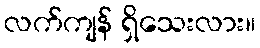
လက်ကျန် ရှိသေးလား။